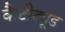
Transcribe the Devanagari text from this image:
कैटीट्यूड